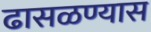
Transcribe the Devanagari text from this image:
ढासळण्यास